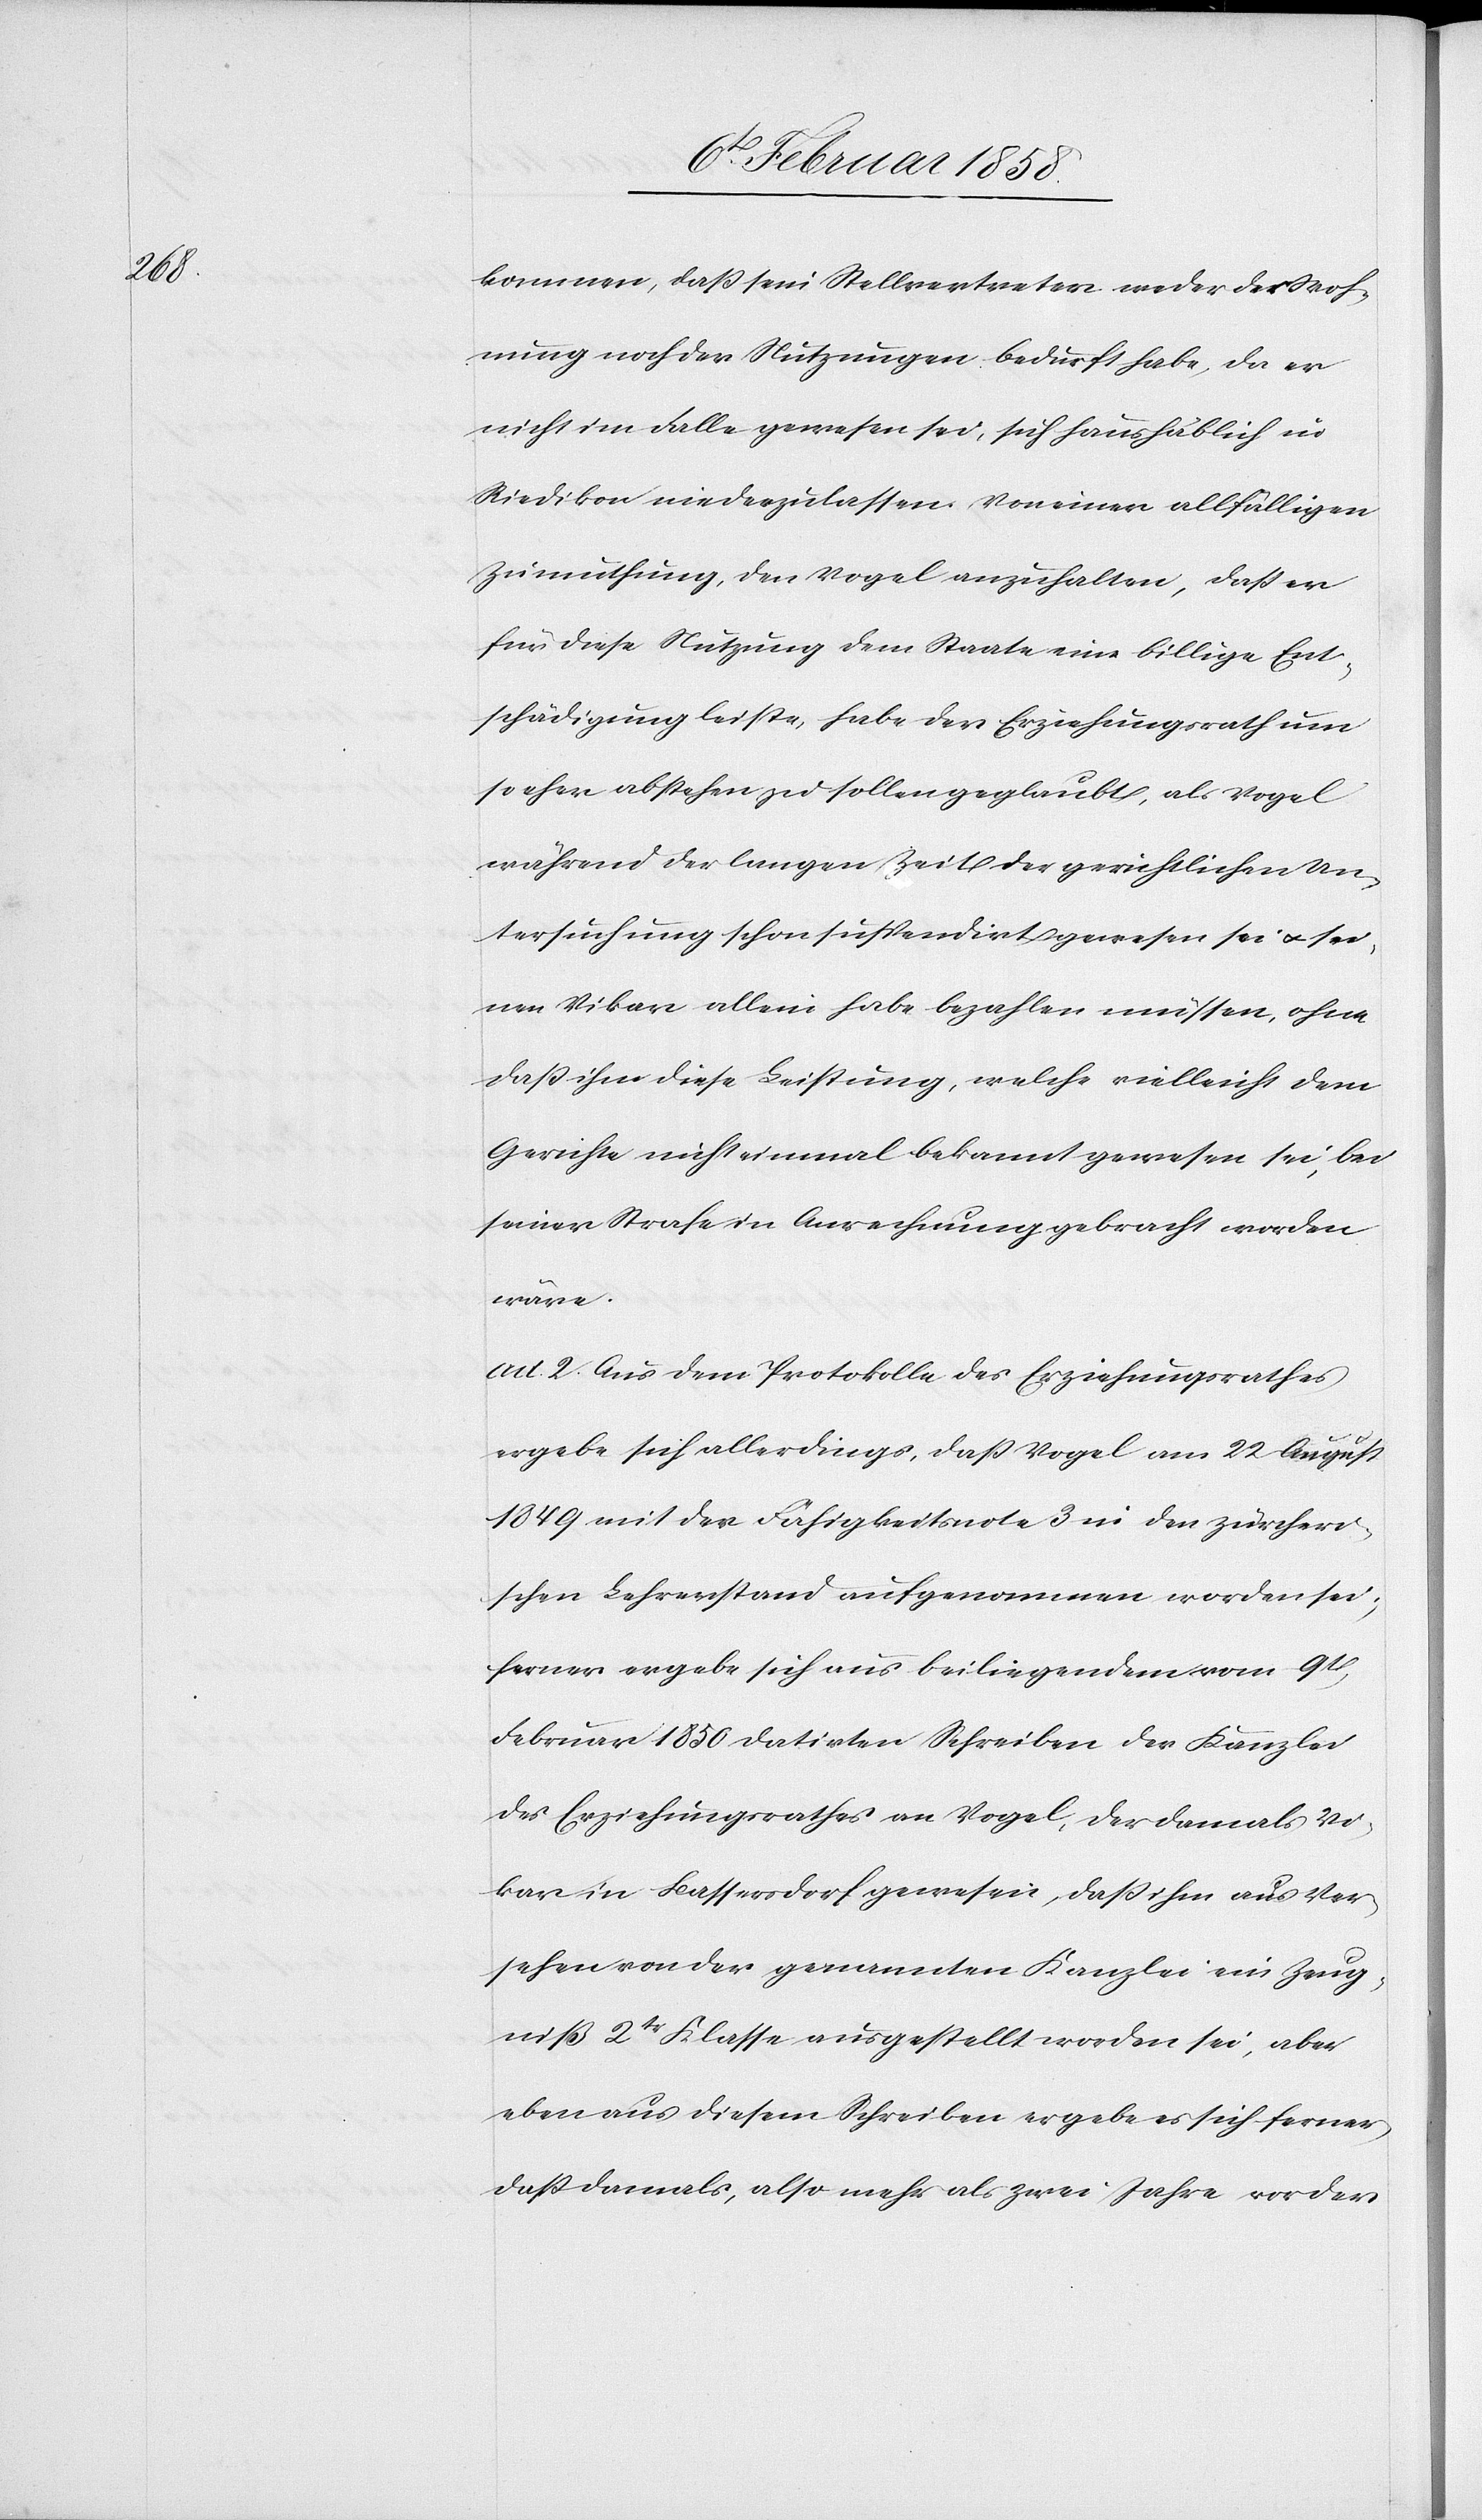
kommen, daß sein Stellvertreter weder der Woh¬
nung noch der Nutzungen bedurft habe, da er
nicht im Falle gewesen sei, sich haushäblich in
Riedikon niederzulassen. Von einer allfälligen
Zumuthung, den Vogel anzuhalten, daß er
für diese Nutzung dem Staate eine billige Ent¬
schädigung leiste, habe der Erziehungsrath um
so eher abstehen zu sollen geglaubt, als Vogel
während der langen Zeit der gerichtlichen Un¬
tersuchung schon suspendirt gewesen sei u. sei¬
nen Vikar allein habe bezahlen müssen, ohne
daß ihm diese Leistung, welche vielleicht dem
Gerichte nicht einmal bekannt gewesen sei, bei
seiner Strafe in Anrechnung gebracht worden
wäre.
ad. 2. Aus dem Protokolle des Erziehungsrathes
ergebe sich allerdings, daß Vogel am 22 August
1849 mit der Fähigkeitsnote 3 in den zürcheri¬
schen Lehrerstand aufgenommen worden sei;
ferner ergebe sich aus beiliegendem vom 9t
Februar 1850 datirten Schreiben der Kanzlei
des Erziehungsrathes an Vogel, der damals Vi¬
kar in Bassersdorf gewesen, daß ihm aus Ver¬
sehen von der genannten Kanzlei ein Zeug¬
niß 2tr Klasse ausgestellt worden sei, aber
eben aus diesem Schreiben ergebe es sich ferner
daß damals, also mehr als zwei Jahre vor der